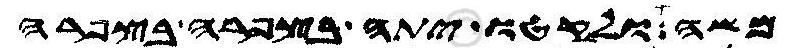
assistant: משה ולקטו יתה בצפרה בצפרה